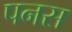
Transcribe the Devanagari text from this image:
पनस